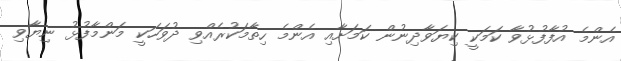
އެންމެ އުފާފުޅުވާ ކަމަކީ ކިޔަވާދިނުން ކަމަށާއި އެންމެ ހިތާމަކުރެއްވި ދުވަހަކީ މަންމާފުޅު ނިޔާވި